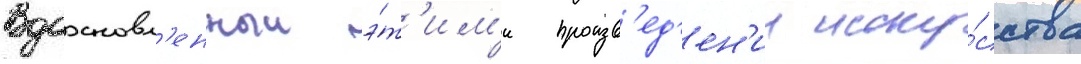
Вдохновл'енныи э́т'им'и произв'ед'ен'ии иску́сства